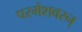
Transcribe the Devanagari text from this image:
परमेशवरन्